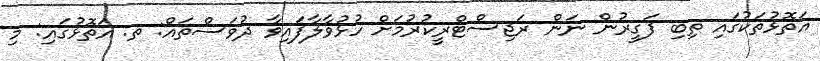
އަތޮޅުތަކުގައި ތިބި ފަގީރުން ނަން ރަޖިސްޓްރީކުރުމަށް ހުޅުވާލާފައިވާ ދުވަސްތައް: ތ. އަތޮޅުގައި: މި